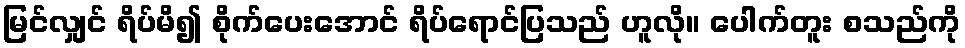
မြင်လျှင် ရိပ်မိ၍ စိုက်ပေးအောင် ရိပ်ရောင်ပြသည် ဟူလို။ ပေါက်တူး စသည်ကို